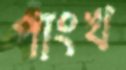
পাংখ